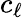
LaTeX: c_{\ell}